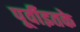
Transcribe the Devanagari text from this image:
पूर्वीइतके